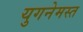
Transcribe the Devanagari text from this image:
युगनेमस्त